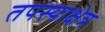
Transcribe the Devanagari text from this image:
तपस्याक्षेत्र